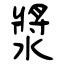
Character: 漿